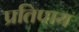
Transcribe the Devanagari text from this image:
प्रतिपाय